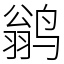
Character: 鹟